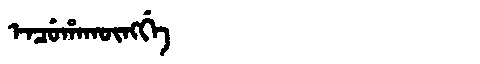
Manchu: ᡝᠨᠴᡠᡥᠠᡴᡡᠩᡤᡝ
Romanization: ENCUHAKŪNGGE